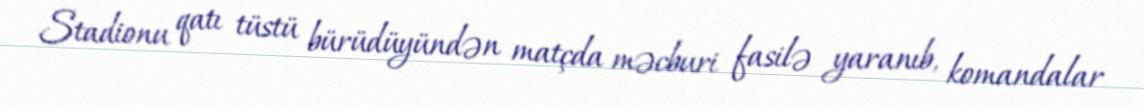
Stadionu qatı tüstü bürüdüyündən matçda məcburi fasilə yaranıb, komandalar